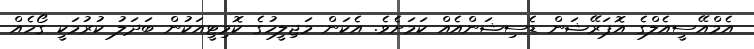
އެމްއޭސީއެލްގެ އޮޕަރޭޝަން ޑެސިޝަންއެއް ކަމަށެވެ. އެކަން މަޖިލީހުގެ ކޮމިޓީއަކުން ބަދަލު ކުރުމަކީ ގޯހެއް